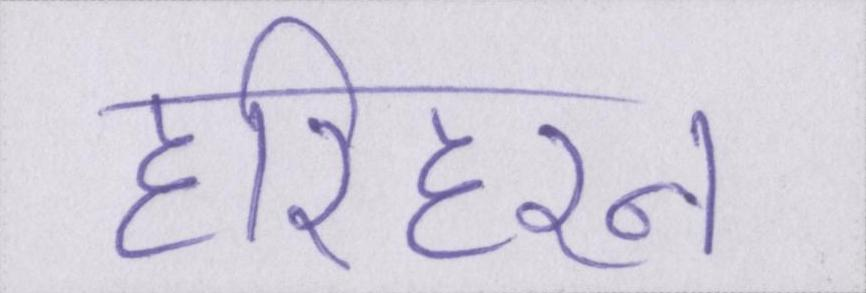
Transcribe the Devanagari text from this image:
हरिहरन